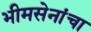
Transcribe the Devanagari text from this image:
भीमसेनांचा